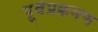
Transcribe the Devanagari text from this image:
पूर्वप्रक्रमण